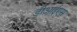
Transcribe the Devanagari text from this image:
डीआईएस